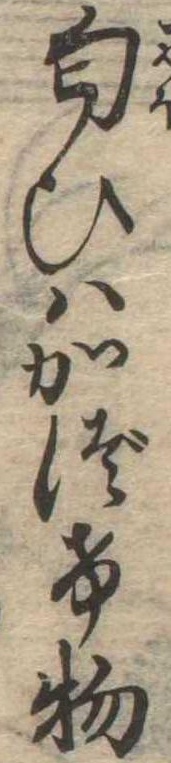
匂ひはかづけ物